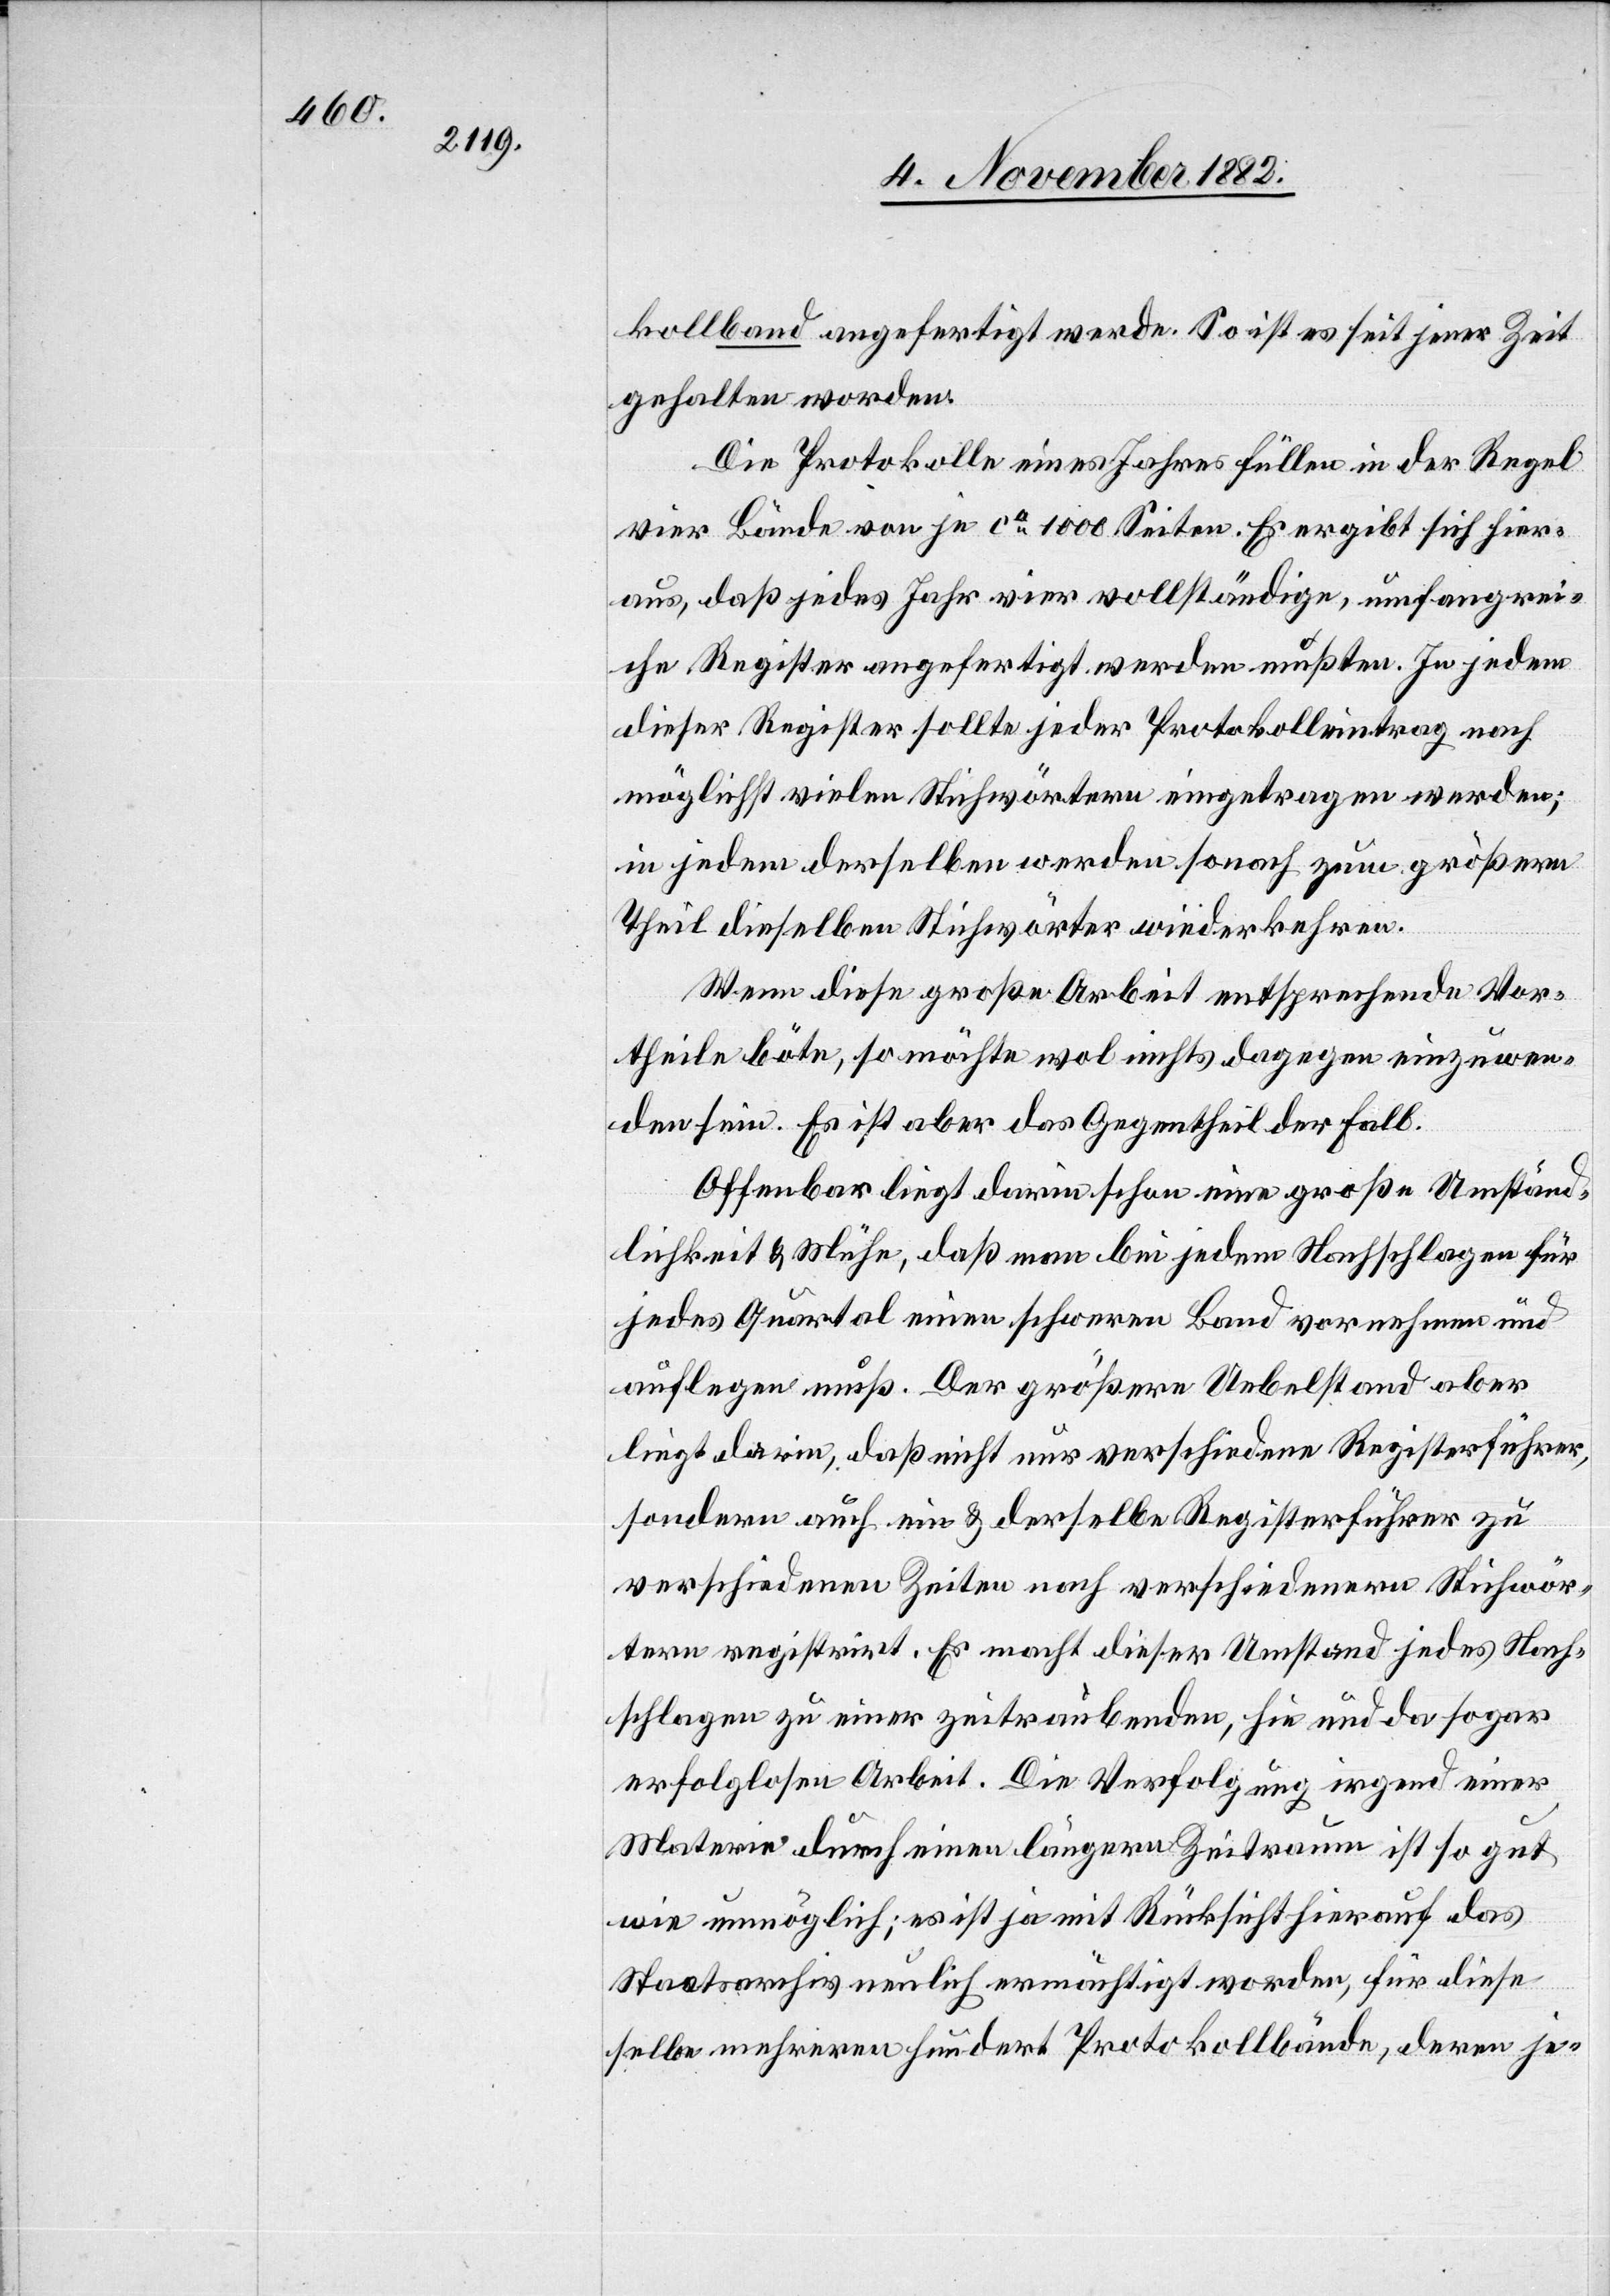
kollband angefertigt werde. So ist es seit jener Zeit
gehalten worden.
Die Protokolle eines Jahres füllen in der Regel
vier Bände von je ca 1000 Seiten. Es ergibt sich hier¬
aus, daß jedes Jahr vier vollständige, umfangrei¬
che Register angefertigt werden mußten. In jedem
dieser Register sollte jeder Protokolleintrag nach
möglichst vielen Stichwörtern eingetragen werden;
in jedem derselben werden sonach zum größern
Theil dieselben Stichwörter wiederkehren.
Wenn diese große Arbeit entsprechende Vor¬
theile böte, so möchte wol nichts dagegen einzuwen¬
den sein. Es ist aber das Gegentheil der Fall.
Offenbar liegt darin schon eine große Umständ¬
lichkeit & Mühe, daß man bei jedem Nachschlagen für
jedes Quartal einen schweren Band vornehmen und
auflegen muß. Der größere Uebelstand aber
liege darin, daß nicht nur verschiedene Registerführer,
sondern auch ein & derselbe Registerführer zu
verschiedenen Zeiten nach verschiedenen Stichwör¬
tern registrirt. Es macht dieser Umstand jedes Nach¬
schlagen zu einer zeitraubenden, hie und da sogar
erfolglosen Arbeit. Die Verfolgung irgend einer
Materie durch einen längern Zeitraum ist so gut
wie unmöglich; es ist ja mit Rücksicht hieraus das
Staatsarchiv neulich ermächtigt worden, für diese
selbe mehrere hundert Protokollbände, deren je-